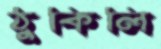
ঠুকিলি